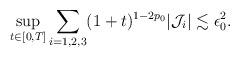
LaTeX: \begin{align*}\sup_{t\in[0,T]} \sum_{i=1,2,3} (1+t)^{1-2p_0}|\mathcal{J}_i| \lesssim \epsilon_0^2.\end{align*}